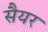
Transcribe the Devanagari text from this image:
सैयर